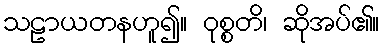
သဠာယတနဟူ၍။ ဝုစ္စတိ၊ ဆိုအပ်၏။